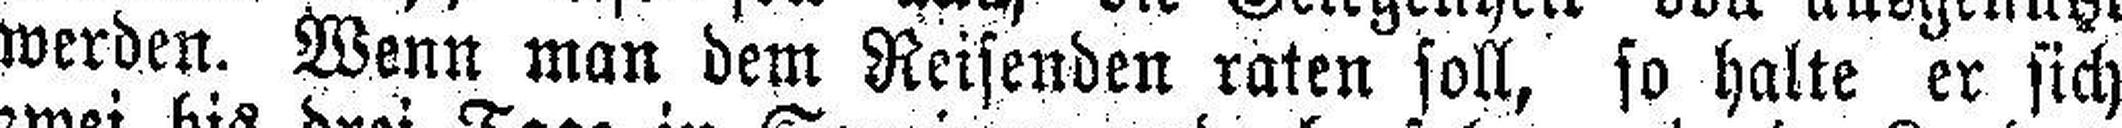
werden. Wenn man dem Reisenden raten soll, so halte er sich